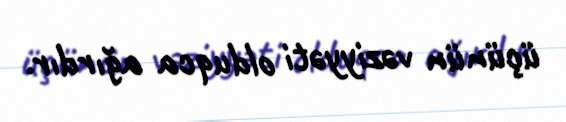
üçünün vəziyyəti olduqca ağırdır.